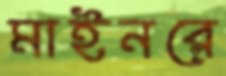
মাইনরে